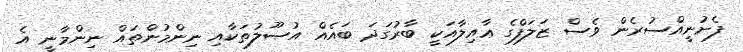
ފެށުނީއްސުރެން ވެސް ޒަލަފްގެ ޢާއިލާއަކީ ބާރުގަދަ ބައެއް އުޞޫލުތަކާއި ނިންމުންތައް ނިންމާނީ އެ